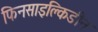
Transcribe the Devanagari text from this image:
फिनसाइक्लिडीन